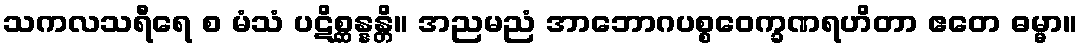
သကလသရီရေ စ မံသံ ပဋိစ္ဆန္နန္တိ။ အညမညံ အာဘောဂပစ္စဝေက္ခဏရဟိတာ ဧတေ ဓမ္မာ။